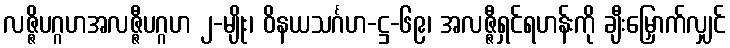
လဇ္ဇိပဂ္ဂဟအလဇ္ဇီပဂ္ဂဟ ၂-မျိုး၊ ဝိနယသင်္ဂဟ-ဋ္ဌ-၆၉၊ အလဇ္ဇီရှင်ရဟန်းကို ချီးမြှောက်လျှင်